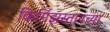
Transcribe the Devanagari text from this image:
किर्गिझस्तानच्या